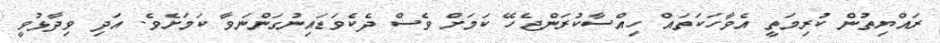
ރައްޔިތުން ކުރިމަތީ އެވާހަކަތައް ހިއްސާކުރަންޖެހޭ ކަމަށް ވެސް ދެކެވަޑައިނުގަންނަވާ ކަަމަށެވެ. އަދި ވިދާޅުވީ